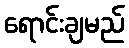
ရောင်းချမည်